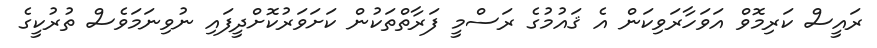
ރައީސް ކަރިމޮވް އަވަހާރަވިކަން އެ ޤައުމުގެ ރަސްމީ ފަރާތްތަކުން ކަށަވަރުކޮށްދީފައި ނުވިނަމަވެސް ތުރުކީގެ